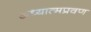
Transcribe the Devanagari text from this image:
अध्यात्मप्रवण